Annual administration report of the Civil Veterinary Department of India - 1900-1901
Year: 1900
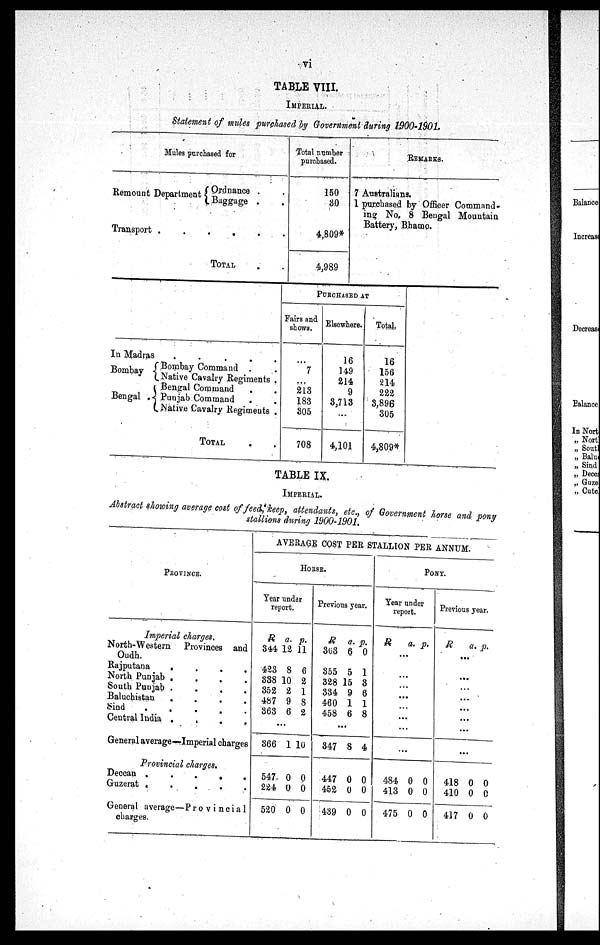
vi
TABLE VIII.
IMPERIAL.
Statement of mules purchased by Government during 1900-1901.
Mules purchased for
Remount Department
Ordnance . .
Baggage . .
Transport .
.
.
.
.
.
TOTAL . .
Total number
purchased.
150
30
4,809*
4,989
REMARKS.
7 Australians.
1 purchased by Officer Command-
ing No, 8 Bengal Mountain
Battery, Bhamo.
In Madras
.
.
.
.
.
Bombay
Bengal .
Bombay Command . .
Native Cavalry Regiments .
Bengal Command . .
Punjab Command . .
Native Cavalry Regiments .
TOTAL . .
PURCHASED AT
Fairs and
shows.
...
7
...
213
183
305
708
Elsewhere.
16
149
214
9
3,713
...
4,101
Total.
16
156
214
222
3,896
305
4,809*
TABLE IX.
IMPERIAL.
Abstract showing average cost of feed, keep, attendants, etc., of Government horse and pony
stallions during 1900-1901.
PROVINCE.
Imperial charges.
North-Western Provinces and
Oudh.
Rajputana
.
.
.
North Punjab .
.
.
.
South Punjab .
.
.
.
Baluchistan
.
.
.
.
Sind
.
.
.
.
.
Central India
.
.
.
.
General average—Imperial charges
Provincial charges.
Deccan .
.
.
.
.
Guzerat . . . . .
General average—Provincia1
charges.
AVERAGE COST PER STALLION PER ANNUM.
HORSE.
Year under
report.
R
344
423
338
352
487
363
a.
12
8
10
2
9
6
p.
11
6
2
1
8
2
...
366
547
224
520
1
0
0
0
10
0
0
0
Previous year.
R
303
355
328
334
460
458
a.
6
5
15
9
1
6
p.
0
1
3
6
1
8
...
347
447
452
439
8
0
0
0
4
0
0
0
PONY.
Year under
report.
R
a. p.
...
...
...
...
...
...
...
...
484
413
475
0
0
0
0
0
0
Previous year.
R
a. p.
...
...
...
...
...
...
...
...
418
410
417
0
0
0
0
0
0